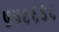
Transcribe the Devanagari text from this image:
५५६६९६